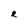
Character: e